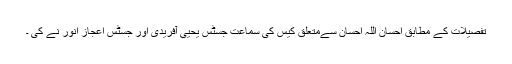
تفصیلات کے مطابق احسان اللہ احسان سےمتعلق کیس کی سماعت جسٹس یحیٰی آفریدی اور جسٹس اعجاز انور نے کی ۔